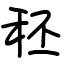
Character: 秠